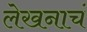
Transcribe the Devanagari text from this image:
लेखनाचं